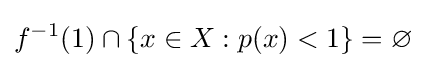
f^{-1}(1)\cap \{x\in X:p(x)<1\}=\varnothing